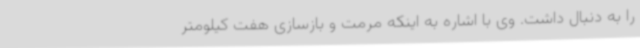
را به دنبال داشت. وی با اشاره به اینکه مرمت و بازسازی هفت کیلومتر